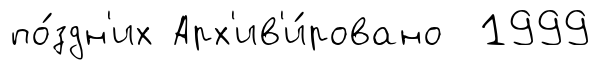
по́здн'их Арх'ив'и́ровано 1999